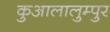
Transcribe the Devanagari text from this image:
कुआलालुम्पुर